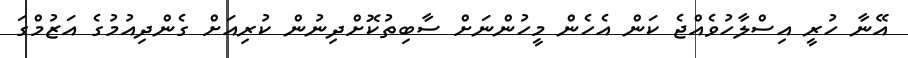
އޭނާ ހުރީ އިސްލާހުވެއްޖެ ކަން އެހެން މީހުންނަށް ސާބިތުކޮށްދިނުން ކުރިއަށް ގެންދިއުމުގެ އަޒުމްގަ